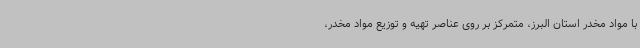
با مواد مخدر استان البرز، متمرکز بر روی عناصر تهیه و توزیع مواد مخدر،